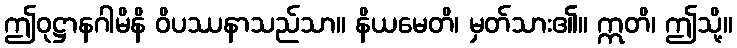
ဤဝုဋ္ဌာနဂါမိနိ ဝိပဿနာသည်သာ။ နိယမေတိ၊ မှတ်သား၏။ ဣတိ၊ ဤသို့။